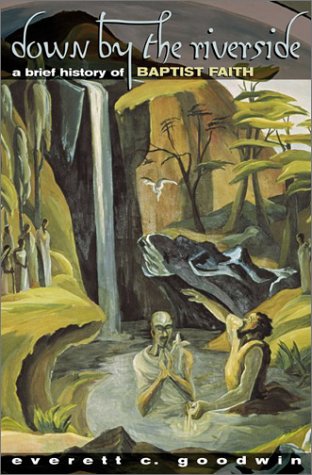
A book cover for Down by the Riverside: A Brief History of Baptist Faith.; Everett C. Goodwin; Christian Books & Bibles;